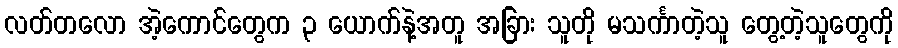
လတ်တလော အဲ့ကောင်တွေက ၃ ယောက်နဲ့အတူ အခြား သူတို မသင်္ကာတဲ့သူ တွေ့တဲ့သူတွေကို